Lunatic asylums United Provinces 1899-1908 - 1899-1908
Year: 1899
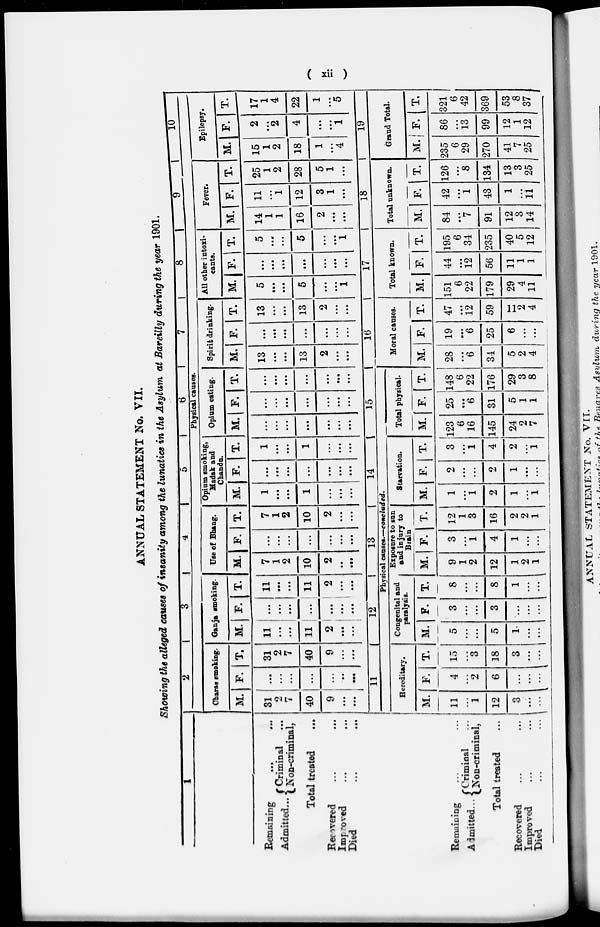
( xii )
ANNUAL STATEMENT No. VII.
Showing the alleged causes of insanity among the lunatics in the Asylum at Bareilly during the year 1901.
1
Remaining ... ...
Admitted... Criminal ...
Non-criminal,
Total treated ...
Recovered ... ...
Improved ... ...
Died
...
...
2
3
4
5
6
7
8
9
10
Physical causes.
Charas smoking.
M.
31
2
7
40
9
...
...
F.
...
...
...
...
...
...
...
T.
31
2
7
40
9
...
...
Ganja smooking.
M.
11
...
...
11
2
...
...
F.
...
...
...
...
...
...
...
T.
11
...
...
11
2
...
...
Use of Bhang.
M.
7
1
2
10
2
...
...
F.
...
...
...
...
...
...
...
T.
7
1
2
10
2
...
...
Opium smoking,
Madak and
Chandu.
M.
1
...
...
1
...
...
...
F.
...
...
...
...
...
...
...
T.
1
...
...
1
...
...
...
Opium eating.
M.
...
...
...
...
...
...
...
F.
...
...
...
...
...
...
...
T.
...
...
...
...
...
...
...
Spirit drinking.
M.
13
...
...
13
2
...
...
F.
...
...
...
...
...
...
...
T.
13
...
...
13
2
...
...
All other intoxi-
cants.
M.
5
...
...
5
...
...
1
F.
...
...
...
...
...
...
...
T.
5
...
...
5
...
...
1
Fever.
M.
14
1
1
16
2
...
...
F.
11
...
1
12
3
1
...
T.
25
1
2
28
5
1
...
Epilepsy.
M.
15
1
2
18
1
...
4
F.
2
...
2
4
...
...
1
T.
17
1
4
22
1
...
5
Remaining ... ...
Admitted ... Criminal ...
Non-criminal,
Total treated ...
Recovered
...
...
Improved
...
...
Died
...
...
11
12
13
14
15
16
17
18
19
Physical causes.—concluded.
Hereditary.
M.
11
...
1
12
3
...
...
F.
4
...
2
6
...
...
...
T.
15
...
3
18
3
...
...
Congenital and
paralysis.
M.
5
...
...
5
1
...
...
F.
3
...
...
3
...
...
...
T.
8
...
...
8
1
...
...
Exposure to sun
and injury to
Brain
M.
9
1
2
12
1
2
1
F.
3
...
1
4
1
...
...
T.
12
1
3
16
2
2
1
Starvation.
M.
1
...
1
2
1
...
1
F.
2
...
...
2
1
...
...
T.
3
...
1
4
2
...
1
Total physical.
M.
123
6
16
145
24
2
7
F.
25
...
6
31
5
1
1
T.
148
6
22
176
29
3
8
Moral causes.
M.
28
...
6
34
5
2
4
F.
19
...
6
25
6
...
...
T.
47
...
12
59
11
2
4
Total known.
M.
151
6
22
179
29
4
11
F.
44
...
12
56
11
1
1
T.
195
6
34
235
40
5
12
Total unknown.
M.
84
...
7
91
12
3
14
F.
42
...
1
43
1
...
11
T.
126
...
8
134
13
3
25
Grand Total.
M.
235
6
29
270
41
7
25
F
86
...
13
99
12
1
12
T.
321
6
42
369
53
8
37